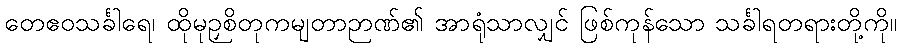
တေဧဝသင်္ခါရေ၊ ထိုမုဉှစိတုကမျတာဉာဏ်၏ အာရုံသာလျှင် ဖြစ်ကုန်သော သင်္ခါရတရားတို့ကို။